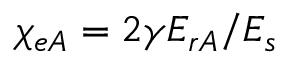
\chi _ { e A } = 2 \gamma E _ { r A } / E _ { s }